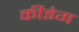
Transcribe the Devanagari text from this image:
कीइंग